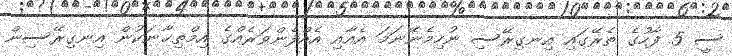
ސީ 5 ފާހުގެ ތެރޭގައި އިނގިރޭސި ނުހިމެނޭނަމަ އެއާއި އެއްފެންވަރެއްގެ އިމްތިޙާނަކުން އިނގިރޭސިން